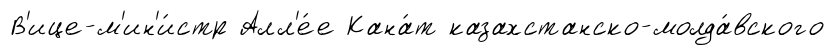
В'ице-м'ин'и́стр Алл'е́е Кана́т казахстанско-молда́вского